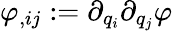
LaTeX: \varphi_{,ij}:=\partial_{{q}_{i}}\partial_{{q}_{j}}\varphi